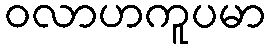
ဝလာဟကူပမာ